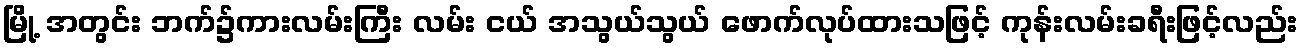
မြို့ အတွင်း ဘက်၌ကားလမ်းကြီး လမ်း ငယ် အသွယ်သွယ် ဖောက်လုပ်ထားသဖြင့် ကုန်းလမ်းခရီးဖြင့်လည်း